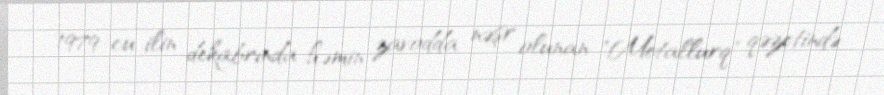
1979-cu ilin dekabrında həmin zavodda nəşr olunan "Metallurq" qəzetində